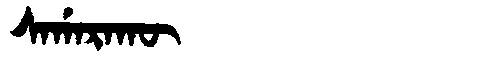
Manchu: ᠰᠠᡤᠠᡵᠠᡴᡡ
Romanization: SAGARAKŪ